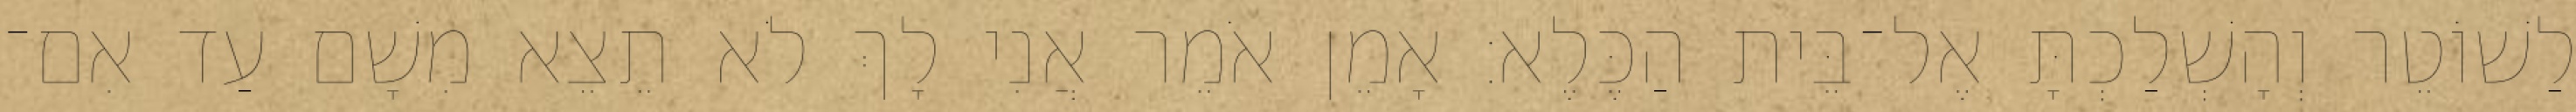
לַשׁוֹטֵר וְהָשְׁלַכְתָּ אֶל־בֵּית הַכֶּלֶא׃ אָמֵן אֹמֵר אֲנִי לָךְ לֹא תֵצֵא מִשָׁם עַד אִם־